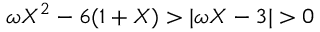
\omega X ^ { 2 } - 6 ( 1 + X ) > | \omega X - 3 | > 0